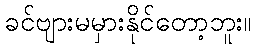
ခင်ဗျားမမှားနိုင်တော့ဘူး။